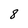
Character: 8